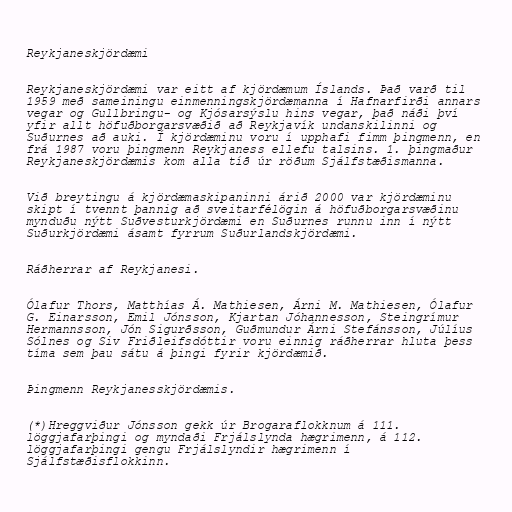
Reykjaneskjördæmi

Reykjaneskjördæmi var eitt af kjördæmum Íslands. Það varð til
1959 með sameiningu einmenningskjördæmanna í Hafnarfirði annars
vegar og Gullbringu- og Kjósarsýslu hins vegar, það náði því
yfir allt höfuðborgarsvæðið að Reykjavík undanskilinni og
Suðurnes að auki. Í kjördæminu voru í upphafi fimm þingmenn, en
frá 1987 voru þingmenn Reykjaness ellefu talsins. 1. þingmaður
Reykjaneskjördæmis kom alla tíð úr röðum Sjálfstæðismanna.

Við breytingu á kjördæmaskipaninni árið 2000 var kjördæminu
skipt í tvennt þannig að sveitarfélögin á höfuðborgarsvæðinu
mynduðu nýtt Suðvesturkjördæmi en Suðurnes runnu inn í nýtt
Suðurkjördæmi ásamt fyrrum Suðurlandskjördæmi.

Ráðherrar af Reykjanesi.

Ólafur Thors, Matthías Á. Mathiesen, Árni M. Mathiesen, Ólafur
G. Einarsson, Emil Jónsson, Kjartan Jóhannesson, Steingrímur
Hermannsson, Jón Sigurðsson, Guðmundur Árni Stefánsson, Júlíus
Sólnes og Siv Friðleifsdóttir voru einnig ráðherrar hluta þess
tíma sem þau sátu á þingi fyrir kjördæmið.

Þingmenn Reykjanesskjördæmis.

(*)Hreggviður Jónsson gekk úr Brogaraflokknum á 111.
löggjafarþingi og myndaði Frjálslynda hægrimenn, á 112.
löggjafarþingi gengu Frjálslyndir hægrimenn í
Sjálfstæðisflokkinn.